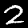
Label: 2